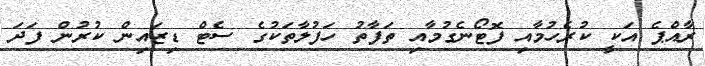
ރާއްޕެ އަކީ ކުރެހުމާއި ފޮޓޯނެގުމާއި ތަފާތު ހަފުލާތަކުގެ ސެޓް ޑިޒައިން ކުރުން ފަދަ